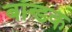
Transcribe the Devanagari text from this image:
बॉन्डक